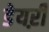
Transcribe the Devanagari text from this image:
डेयऱी